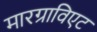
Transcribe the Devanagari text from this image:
मारग्राविएट